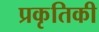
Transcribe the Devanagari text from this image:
प्रकृतिकी